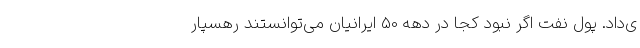
ی‌داد. پول نفت اگر نبود کجا در دهه 50 ایرانیان می‌توانستند رهسپار